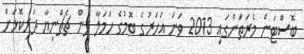
ބޮސްޓަން މެރަތަންގައި 2013 ވަނަ އަހަރުގެ ބޮމުގެ ހަަމަލާ ދިން ޗެޗްނިޔާ ދަރިކޮޅަށް